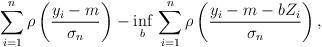
LaTeX: \begin{align*} \sum_{i=1}^n\rho\left(\frac{y_i-m}{\sigma_n}\right)-\inf_b\,\sum_{i=1}^n\rho\left(\frac{y_i-m-bZ_i}{\sigma_n}\right),\end{align*}